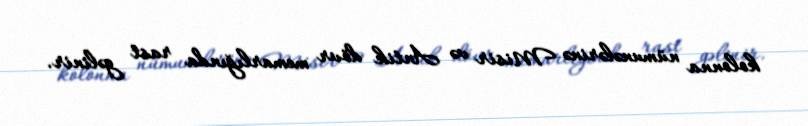
kolonna nümunələrinə Misir və Antik dövr memarlığında rast gəlinir.